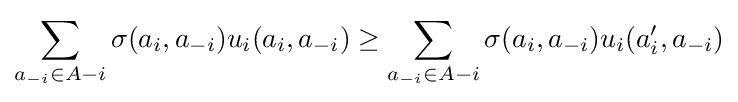
\sum _{a_{-i}\in A{-i}}\sigma (a_{i},a_{-i})u_{i}(a_{i},a_{-i})\geq \sum _{a_{-i}\in A{-i}}\sigma (a_{i},a_{-i})u_{i}(a'_{i},a_{-i})